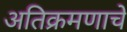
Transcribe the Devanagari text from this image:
अतिक्रमणाचे